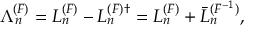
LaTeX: \Lambda _ { n } ^ { ( F ) } = { \cal L } _ { n } ^ { ( F ) } - { \cal L } _ { n } ^ { ( F ) \dagger } = { \cal L } _ { n } ^ { ( F ) } + \bar { \cal L } _ { n } ^ { ( F ^ { - 1 } ) } ,